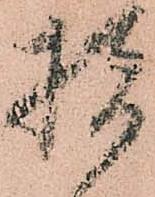
指